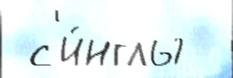
 с'и́нглы